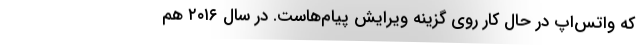
که واتس‌اپ در حال کار روی گزینه ویرایش پیام‌هاست. در سال ۲۰۱۶ هم